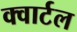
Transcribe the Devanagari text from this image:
क्वार्टल